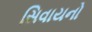
સિવાયનો